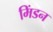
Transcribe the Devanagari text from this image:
मिंडन